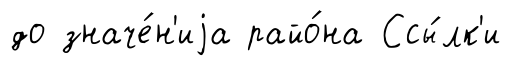
до значе́н'иjа райо́на Ссы́лк'и